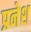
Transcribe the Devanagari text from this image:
प्रनेश